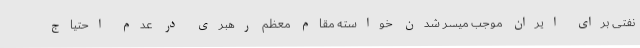
نفتی برای ایران موجب میسر شدن خواسته مقام معظم رهبری در عدم احتیاج